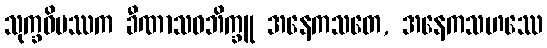
သုက္ခဝိပဿက ခီဏာသဝဘိက္ခူ အနေကသတေ, အနေကသဟဿေ